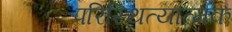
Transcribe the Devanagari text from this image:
परिस्थित्यात्मक